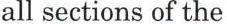
all sections of the